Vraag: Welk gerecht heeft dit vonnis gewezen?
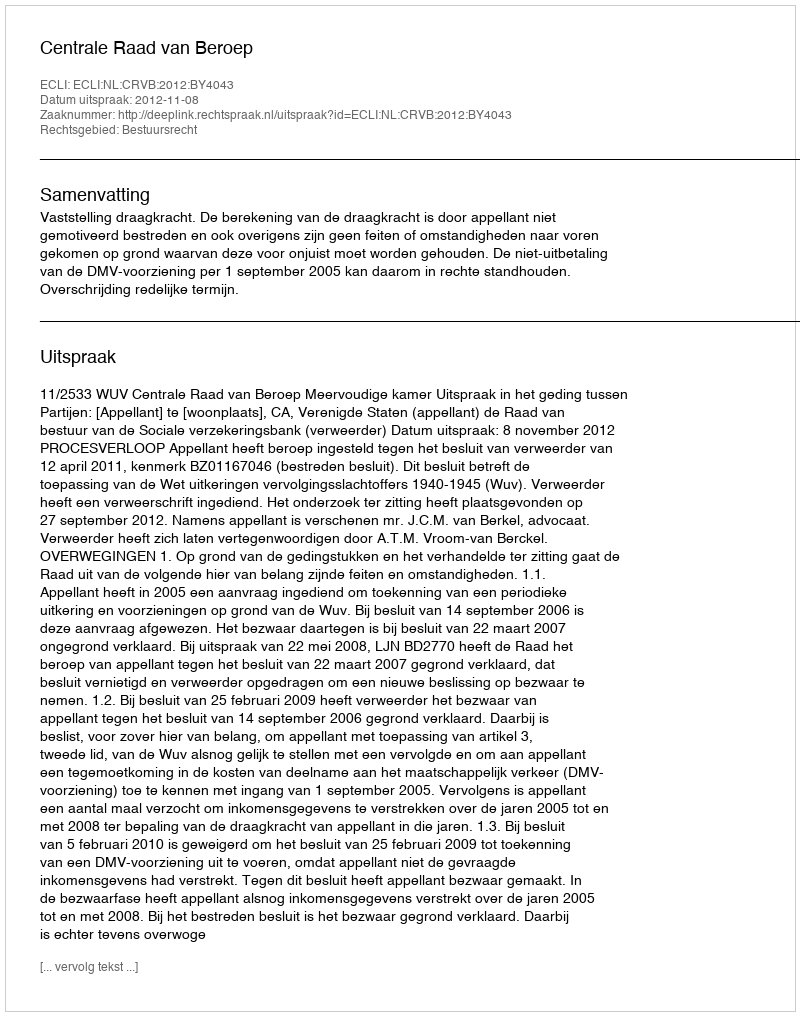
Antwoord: Centrale Raad van Beroep